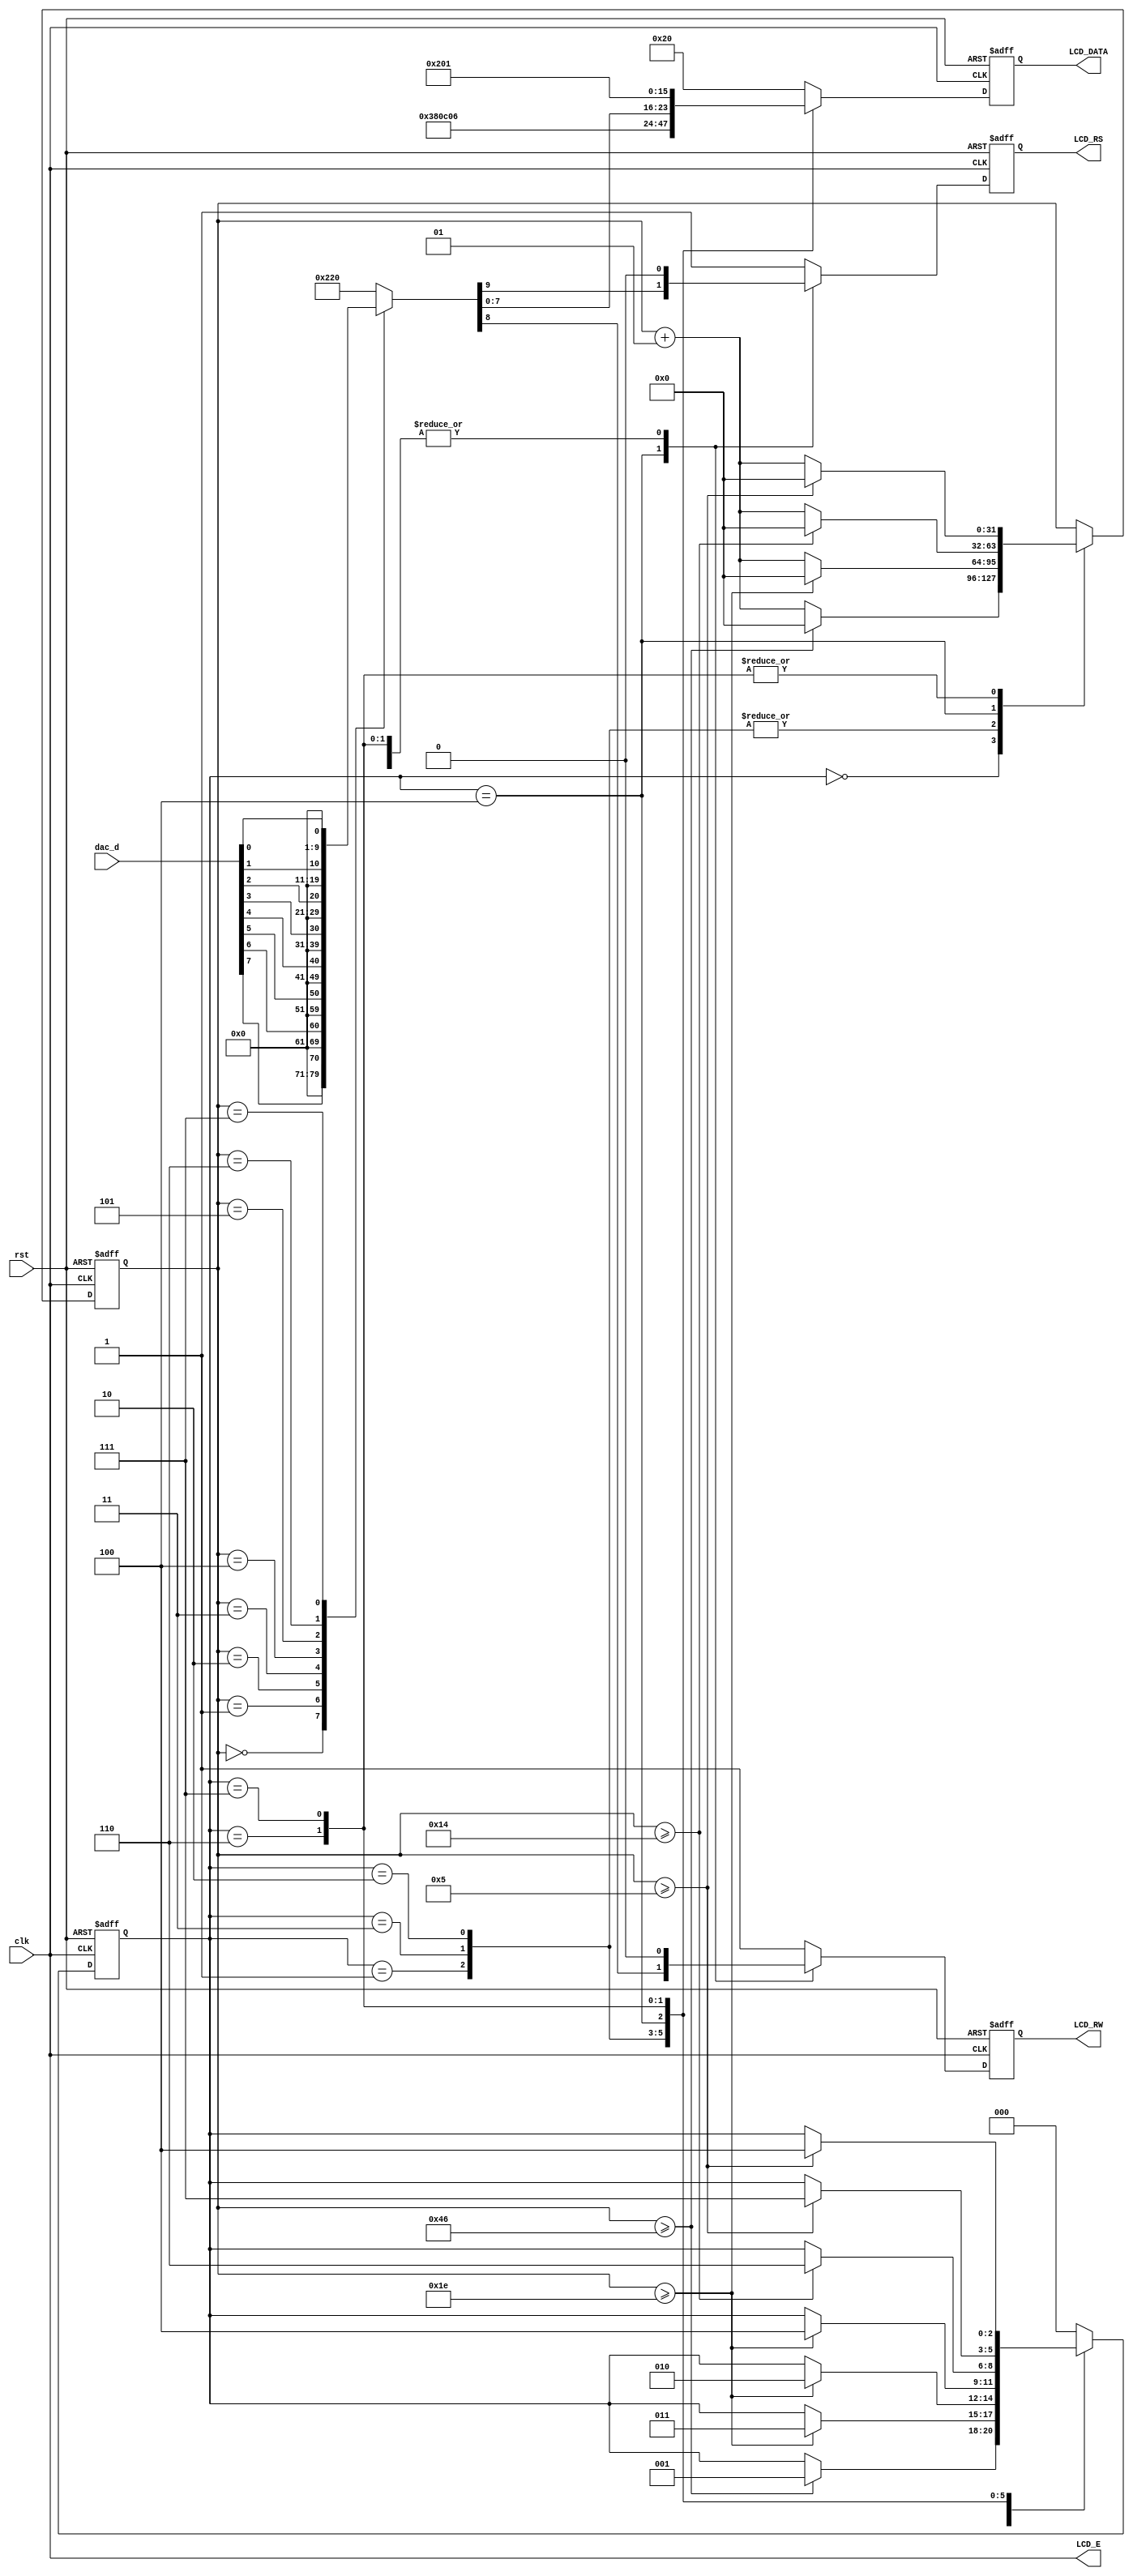
`timescale 1ns / 1ps
//////////////////////////////////////////////////////////////////////////////////
// Company: 
// Engineer: 
// 
// Design Name: 
// Module Name: text_LCD
// Project Name: 
// Target Devices: 
// Tool Versions: 
// Description: 
// 
// Dependencies: 
// 
// Revision:
// Revision 0.01 - File Created
// Additional Comments:
// 
//////////////////////////////////////////////////////////////////////////////////


module text_LCD(rst, clk, dac_d, LCD_E, LCD_RS, LCD_RW, LCD_DATA);

input rst, clk;
input [7:0] dac_d; 

output LCD_E, LCD_RS, LCD_RW;
output reg [7:0] LCD_DATA;

wire LCD_E;
reg DAC_num;
reg LCD_text;
reg LCD_RS, LCD_RW;

reg [2:0] state; 
parameter DELAY = 3'b000,
          FUNCTION_SET = 3'b001,
          ENTRY_MODE = 3'b010,
          DISP_ONOFF = 3'b011,
          LINE1 = 3'b100,
          DELAY_T = 3'b110,
          CLEAR_DISP = 3'b111;

integer cnt;

always @(posedge clk or negedge rst)
begin
    if(!rst) begin
        state = DELAY;
        cnt = 0;
    end
    else
    begin
        case(state)
            DELAY : begin
                if(cnt >= 70) begin
                    state = FUNCTION_SET;
                    cnt = 0;
                end
                else cnt = cnt + 1;
            end
            FUNCTION_SET : begin
                if(cnt >= 30) begin
                    state = DISP_ONOFF;
                    cnt = 0;
                end
                else cnt = cnt + 1;
            end
            DISP_ONOFF : begin
                if(cnt >= 30) begin
                    state = ENTRY_MODE;
                    cnt = 0;
                end
                else cnt = cnt + 1;
            end
            ENTRY_MODE : begin
                if(cnt >= 30) begin
                    state = LINE1;
                    cnt = 0;
                end
                else cnt = cnt + 1;
            end
            LINE1 : begin
                if(cnt >= 20) begin
                    state = DELAY_T;
                    cnt = 0;
                end
                else cnt = cnt + 1;
            end
            DELAY_T : begin
                if(cnt >= 5) begin
                    state = CLEAR_DISP;
                    cnt = 0;
                end
                else cnt = cnt + 1;
            end
            CLEAR_DISP : begin

                if(cnt >= 5) begin
                    state = LINE1;
                    cnt = 0;
                end
                else cnt = cnt + 1;
            end
            default : state = DELAY;
        endcase
    end
end

always @(posedge clk or negedge rst)
begin
    if(!rst) 
        {LCD_RS, LCD_RW, LCD_DATA} = 10'b1_1_00000000;
    else begin
        case(state)
            FUNCTION_SET :
                {LCD_RS, LCD_RW, LCD_DATA} = 10'b0_0_0011_1000;
            DISP_ONOFF :
                {LCD_RS, LCD_RW, LCD_DATA} = 10'b0_0_0000_1100;
            ENTRY_MODE :
                {LCD_RS, LCD_RW, LCD_DATA} = 10'b0_0_0000_0110;
            LINE1 :
                begin
                    case(DAC_num)
                        0 : LCD_text = 10'b1_0_0011_0000;
                        1 : LCD_text = 10'b1_0_0011_0001;
                    endcase
                    case(cnt)
                    00 : begin
                        DAC_num = dac_d[7]; 
                        {LCD_RS, LCD_RW, LCD_DATA} = DAC_num;
                    end
                    01 : begin
                        DAC_num = dac_d[6]; 
                        {LCD_RS, LCD_RW, LCD_DATA} = DAC_num;
                    end
                    02 : begin
                        DAC_num = dac_d[5]; 
                        {LCD_RS, LCD_RW, LCD_DATA} = DAC_num;
                    end
                    03 : begin
                        DAC_num = dac_d[4]; 
                        {LCD_RS, LCD_RW, LCD_DATA} = DAC_num;
                    end
                    04 : begin
                        DAC_num = dac_d[3]; 
                        {LCD_RS, LCD_RW, LCD_DATA} = DAC_num;
                    end
                    05 : begin
                        DAC_num = dac_d[2]; 
                        {LCD_RS, LCD_RW, LCD_DATA} = DAC_num;
                    end
                    06 : begin
                        DAC_num = dac_d[1]; 
                        {LCD_RS, LCD_RW, LCD_DATA} = DAC_num;
                    end
                    07 : begin
                        DAC_num = dac_d[0]; 
                        {LCD_RS, LCD_RW, LCD_DATA} = DAC_num;
                    end
                    default : {LCD_RS, LCD_RW, LCD_DATA} = 10'b1_0_0010_0000; //
                endcase
           end
            DELAY_T : 
                {LCD_RS, LCD_RW, LCD_DATA} = 10'b0_0_0000_0010;
            CLEAR_DISP :
                {LCD_RS, LCD_RW, LCD_DATA} = 10'b0_0_0000_0001;
            default :
                {LCD_RS, LCD_RW, LCD_DATA} = 10'b1_1_0010_0000;
         endcase
     end
end

assign LCD_E = clk;

endmodule